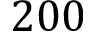
2 0 0